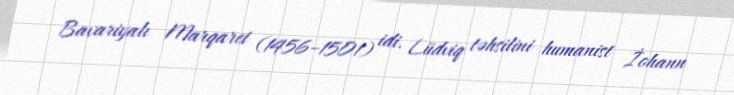
Bavariyalı Marqaret (1456–1501) idi. Lüdviq təhsilini humanist İohann